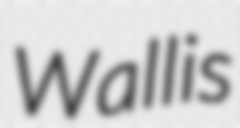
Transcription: Wallis